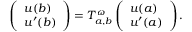
\left( \begin{array} { l } { u ( b ) } \\ { u ^ { \prime } ( b ) } \end{array} \right) = T _ { a , b } ^ { \omega } \left( \begin{array} { l } { u ( a ) } \\ { u ^ { \prime } ( a ) } \end{array} \right) .